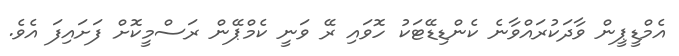
އެމްޑީޕީން ވާދަކުރައްވާނެ ކެންޑިޑޭޓަކު ހޮވައި ރޭ ވަނީ ކެމްޕޭން ރަސްމީކޮށް ފަށައިފަ އެވެ.